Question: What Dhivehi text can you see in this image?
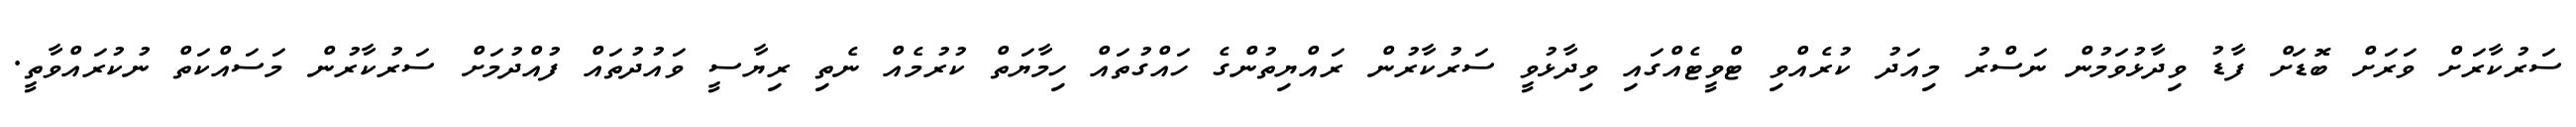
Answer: ސަރުކާރަށް ވަރަށް ބޮޑަށް ފާޑު ވިދާޅުވަމުން ނަސްރު މިއަދު ކުރެއްވި ޓްވީޓެއްގައި ވިދާޅުވީ ސަރުކާރުން ރައްޔިތުންގެ ހައްގުތައް ހިމާޔަތް ކުރުމެއް ނެތި ރިޔާސީ ވައުދުތައް ފުއްދުމަށް ސަރުކާރުން މަސައްކަތް ނުކުރައްވާތީ.